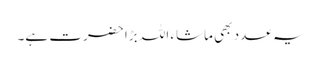
یہ عدد بھی ماشاء اللہ بڑا حضرت ہے۔